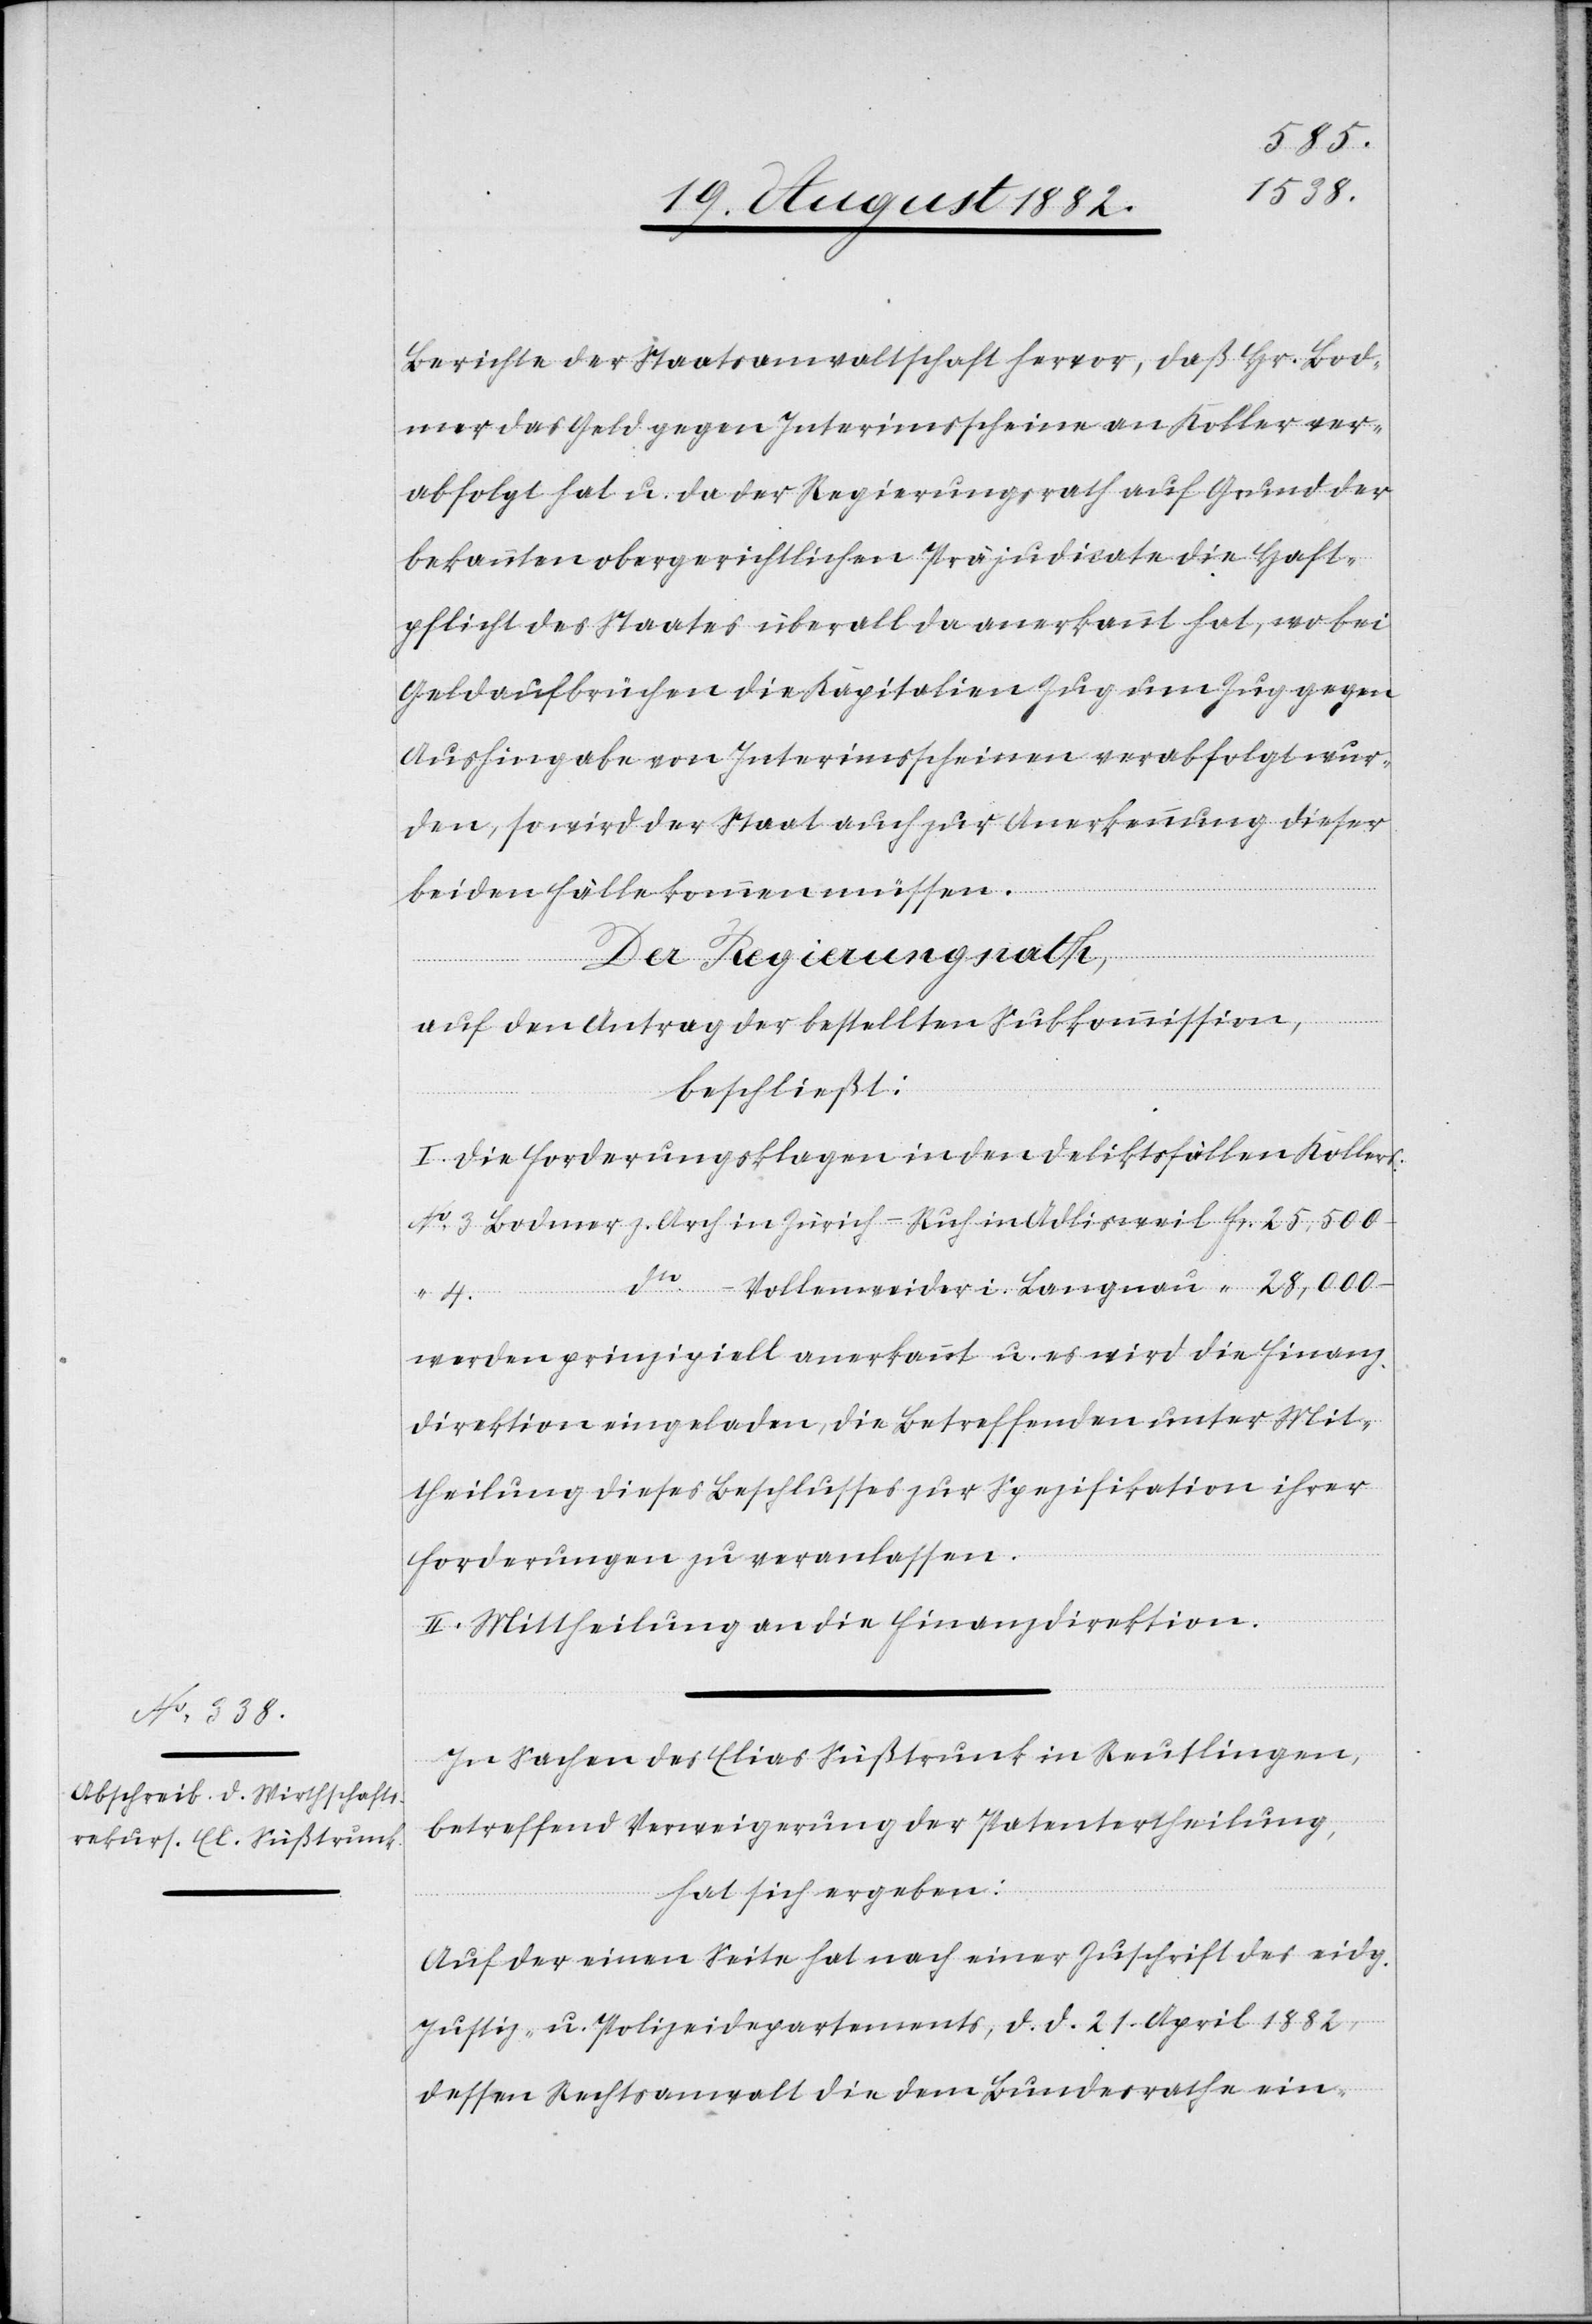
Berichte der Staatsanwaltschaft hervor, daß Hr. Bod¬
mer das Geld gegen Interimsscheine an Koller ver¬
abfolgt hat u. da der Regierungsrath auf Grund der
bekannten obergerichtlichen Präjudicate die Haft¬
pflicht des Staates überall da anerkannt hat, wo bei
Geldaufbrüchen die Kapitalien Zug um Zug gegen
Aushingabe von Interimsscheinen verabfolgt wur¬
den, so wird der Staat auch zur Anerkennung dieser
beiden Fälle kommen müssen.
Der Regierungsrath,
auf den Antrag der bestellten Subkommission,
beschließt:
I. Die Forderungsklagen in den Deliktsfällen Kollers
werden prinzipiell anerkannt u. es wird die Finanz¬
direktion eingeladen, die Betreffenden unter Mit¬
theilung dieses Beschlusses zur Spezifikation ihrer
Forderungen zu veranlassen.
II. Mittheilung an die Finanzdirektion.
In Sachen des Elias Süßtrunk in Reutlingen,
betreffend Verweigerung der Patentertheilung,
hat sich ergeben:
Auf der einen Seite hat nach einer Zuschrift des eidg.
Justiz- u. Polizeidepartements, d. d. 21. April 1882,
dessen Rechtsanwalt die dem Bundesrathe ein-